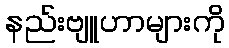
နည်းဗျူဟာများကို